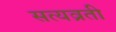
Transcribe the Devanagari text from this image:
सत्यव्रती